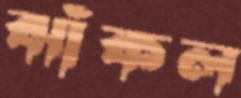
ঝাঁকল